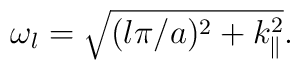
\omega_{l}=\sqrt{(l\pi/a)^{2}+k_{\|}^{2} }.